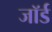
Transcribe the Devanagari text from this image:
जॉर्ड